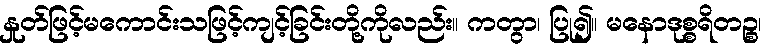
နှုတ်ဖြင့်မကောင်းသဖြင့်ကျင့်ခြင်းတို့ကိုလည်း။ ကတွာ၊ ပြု၍။ မနောဒုစ္စရိတဉ္စ၊